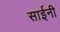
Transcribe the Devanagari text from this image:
साईनी